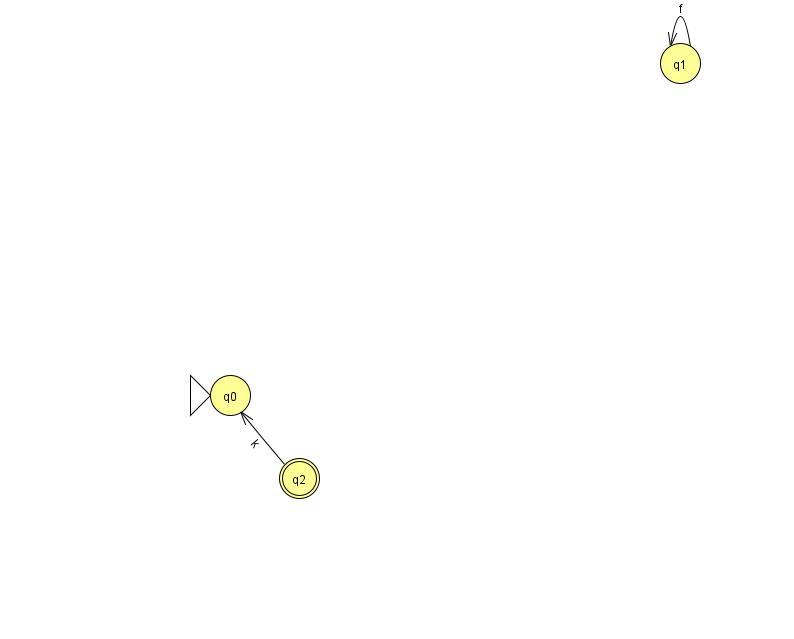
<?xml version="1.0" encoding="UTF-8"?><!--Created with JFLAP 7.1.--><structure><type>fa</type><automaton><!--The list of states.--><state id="0" name="q0"><x>230.0</x><y>382.0</y><initial/></state><state id="1" name="q1"><x>680.0</x><y>50.0</y></state><state id="2" name="q2"><x>299.0</x><y>465.0</y><final/></state><!--The list of transitions.--><transition><from>2</from><to>0</to><read>k</read></transition><transition><from>1</from><to>1</to><read>f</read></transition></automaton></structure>